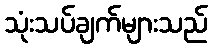
သုံးသပ်ချက်များသည်